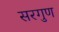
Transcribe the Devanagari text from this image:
सरगुण